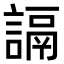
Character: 䛿